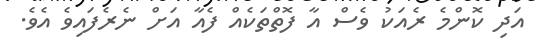
އަދި ކޮންމެ ރެއަކު ވެސް އާ ފޮތްތަކެއް ފެއާ އަށް ނެރެފައިވެ އެވެ.